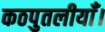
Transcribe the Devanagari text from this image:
कठपुतलीयाँ।